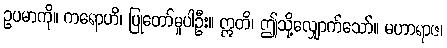
ဥပမာကို။ ကရောဟိ၊ ပြုတော်မူပါဦး။ ဣတိ၊ ဤသို့လျှောက်သော်။ မဟာရာဇ၊